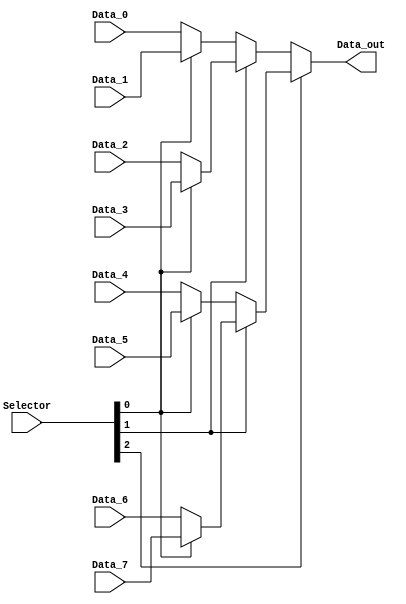
module mux_8x1 (
    input wire [31:0] Data_0,
    input wire [31:0] Data_1,
    input wire [31:0] Data_2,
    input wire [31:0] Data_3,
    input wire [31:0] Data_4,
    input wire [31:0] Data_5,
    input wire [31:0] Data_6,
    input wire [31:0] Data_7,

    input wire [2:0] Selector,
    output wire [31:0] Data_out

);
wire [31:0] A1, A2, A3, A4;

assign A1 = (Selector[0]) ? Data_7 : Data_6;
assign A2 = (Selector[0]) ? Data_5 : Data_4;
assign A3 = (Selector[0]) ? Data_3 : Data_2;
assign A4 = (Selector[0]) ? Data_1 : Data_0;

assign Data_out = (Selector[2]) ? ((Selector[1]) ? A1 : A2) :
                    (Selector[1]) ? A3 : A4;

    
endmodule